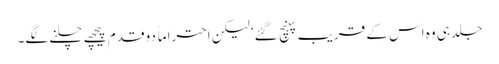
جلد ہی وہ اس کے قریب پہنچ گئے‘ لیکن احتراماً دو قدم پیچھے چلنے لگے۔